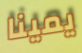
يمينا